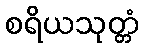
စရိယသုတ္တံ